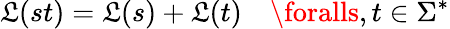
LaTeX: \mathfrak{L}(st)=\mathfrak{L}(s)+\mathfrak{L}(t)\quad\foralls,t\in\Sigma^{*}